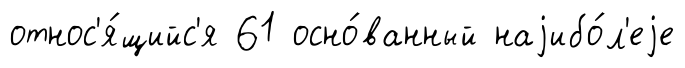
относ'я́щийс'я 61 осно́ванный наjибо́л'еjе